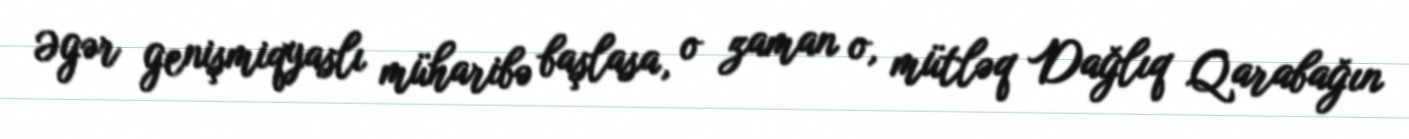
Əgər genişmiqyaslı müharibə başlasa, o zaman o, mütləq Dağlıq Qarabağın